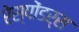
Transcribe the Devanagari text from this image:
रेस्पोंडर्स